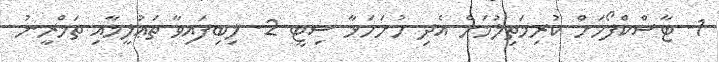
1- ޓާސްކްފޯހަށް ކުރިމަތިލުމަށް އެދި ހުށަހަޅާ ސިޓީ 2- ލިބިފައިވާ ތަޢުލީމާއި ތަމްރީނު